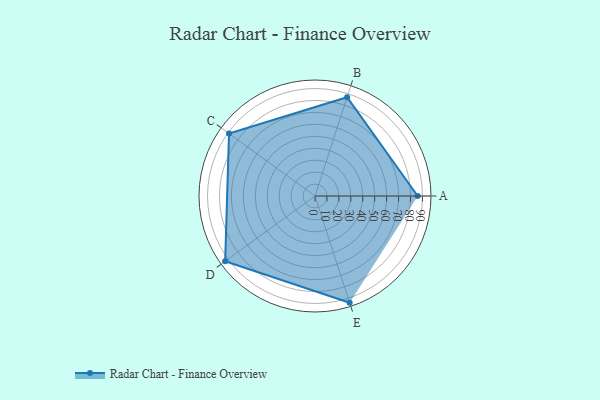
{"axis": {"x": "Skill", "y": "Score"}, "legend": ["Profile"], "data": [{"x": "A", "y": 86.0, "type": "Profile"}, {"x": "B", "y": 87.0, "type": "Profile"}, {"x": "C", "y": 89.0, "type": "Profile"}, {"x": "D", "y": 93.0, "type": "Profile"}, {"x": "E", "y": 94.0, "type": "Profile"}]}